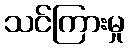
သင်ကြားမှု